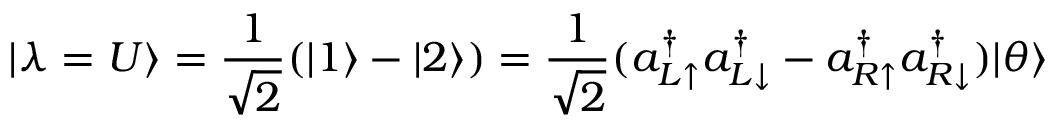
| \lambda = U \rangle = \frac { 1 } { \sqrt { 2 } } ( | 1 \rangle - | 2 \rangle ) = \frac { 1 } { \sqrt { 2 } } ( a _ { L \uparrow } ^ { \dag } a _ { L \downarrow } ^ { \dag } - a _ { R \uparrow } ^ { \dag } a _ { R \downarrow } ^ { \dag } ) | \theta \rangle